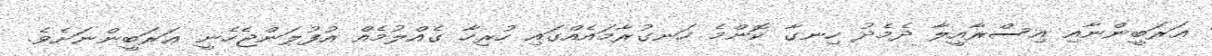
ޢަރަބީންނާއި އިސްރާއީލާ ދެމެދު ހިނގާ ކޮންމެ ހަނގުރާމައެއްގައި ހުރިހާ ގެއްލުމެއް އުފުލަންޖެހެނީ ޢަރަބީންނަށެވެ.